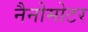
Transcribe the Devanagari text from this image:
नैनोमोटर